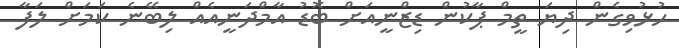
ހުޅުވިގެން ދިޔަ ތީމް ޕާކުން ޑިޒްނީއަށް ބޮޑު އާމްދަނީއެއް ލިބޭނެ ކަމަށް ލަފާ